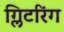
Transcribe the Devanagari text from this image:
ग्लिटरिंग